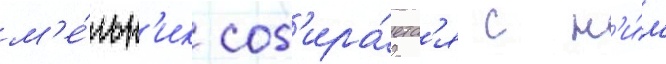
м'е́льн'ик соб'ира́етс'я с н'и́м